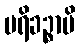
ပရိခဉ္စာပိ